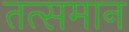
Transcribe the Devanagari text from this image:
तत्समान